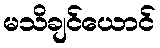
မသိချင်ယောင်